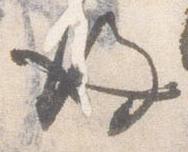
後